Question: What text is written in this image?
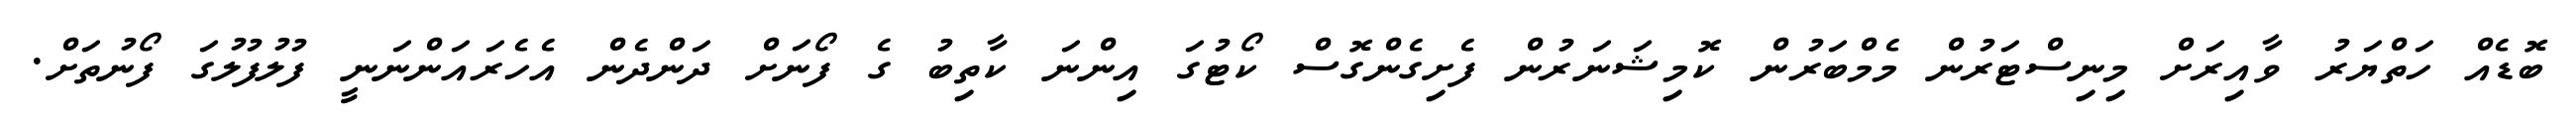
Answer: ބޮޑެއް ހަތްޔަރު ވާއިރަށް މިނިސްޓަރުން މެމްބަރުން ކޮމިޝަނަރުން ފެށިގެންގޮސް ކޯޓުގަ އިންނަ ކާތިބު ގެ ފޯނަށް ދަންދެން އެހެރައަންނަނީ ފުލުފުލުގަ ފޯނުތަށް.